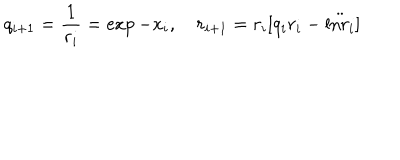
q _ { i + 1 } = { \frac { 1 } { r _ { i } } } = \exp - x _ { i } , \quad r _ { i + 1 } = r _ { i } [ q _ { i } r _ { i } - \ddot { \mathrm { l n } r _ { i } } ]